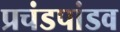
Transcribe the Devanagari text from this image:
प्रचंडपांडव